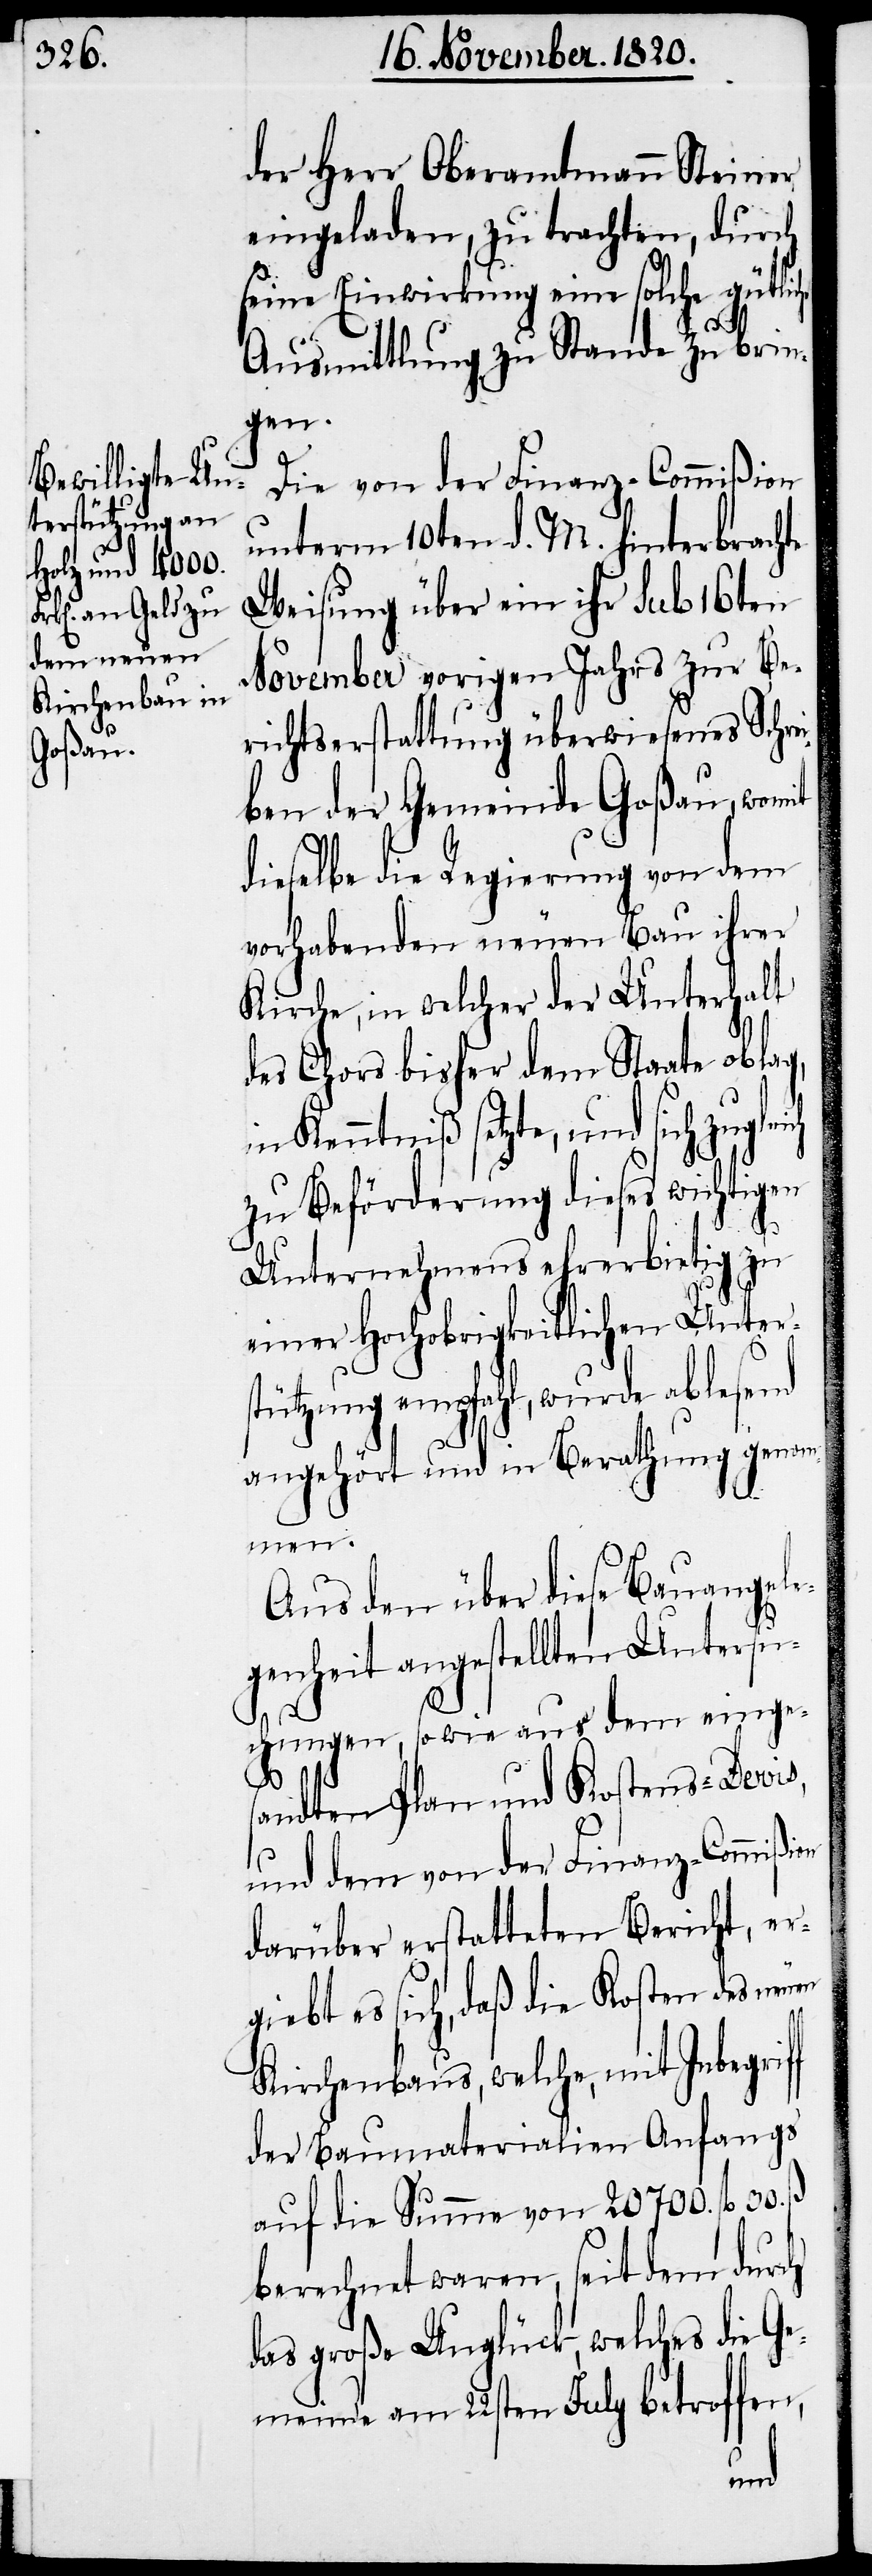
der Herr Oberamtmann Steiner
eingeladen, zu trachten, durch
seine Einwirkung eine solche gütli¬
Ausmittlung zu Stande zu brin¬
gen.
Die von der Finanz-Commißion
unterm 10ten d. M. hinterbrachte
Weisung über ein ihr sub 16ten
November vorigen Jahrs zur Be¬
richtserstattung überwiesenes Schrei¬
ben der Gemeinde Goßau, womit
dieselbe die Regierung von dem
vorhabenden neuen Bau ihrer
Kirche, in welcher der Unterhalt
des Chors bisher dem Staate oblag,
in Kenntniß setzte, und sich zugle¬
zu Beförderung dieses wichtigen
Unternehmens ehrerbietig zu
einer Hochobrigkeitlichen Unter¬
stützung empfahl, wurde ablesend
angehört und in Berathung genom¬
men.
Aus den über diese Bauangele¬
genheit angestellten Untersu¬
chungen, sowie aus dem einges¬
andten Plan und Kostens-Devis,
und dem von der Finanz-Commiß¬
darüber erstatteten Bericht, er¬
giebt es sich, daß die Kosten des neuen
Kirchenbaus, welche, mit Inbegriff
der Baumaterialien anfangs
auf die Summe von 20700. fl. 30.
berechnet waren, seit dem durch
das große Unglück, welches die Ge¬
meinde am 22sten July betroffen,
ion